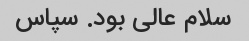
سلام عالی بود. سپاس